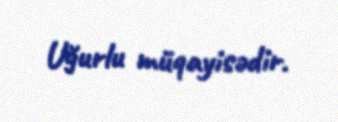
Uğurlu müqayisədir.